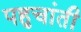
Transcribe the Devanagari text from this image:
पहुचांती